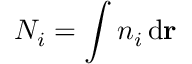
N _ { i } = \int n _ { i } \, \mathrm { d } \mathbf { r }